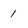
Character: 1